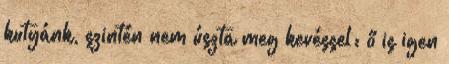
kutyánk, szintén nem úszta meg kevéssel: ő is igen